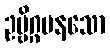
ဥဗ္ဗိဂ္ဂမနသော